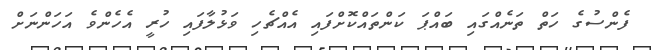
ފެންސުގެ ހަތް ތަނެއްގައި ބައްޕަ ކަންތައްކޮށްފައި އެއްޗެހި ވަޅުލާފައި ހުރީ އެހެންވެ އަހަންނަށް